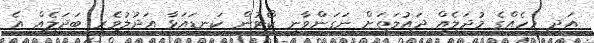
އަދި މީހެއްގެ މުދަލެއް ދައުލަތަށް ނަގަންވާނީ ކޯޓުން ކަނޑައަޅާ އަދުލުވެރި ބަދަލެއް އެ